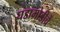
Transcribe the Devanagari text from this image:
घडामोडीचें